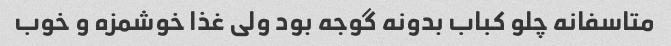
متاسفانه چلو کباب بدونه گوجه بود ولی غذا خوشمزه و خوب